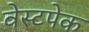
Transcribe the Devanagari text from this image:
वेस्टपेक